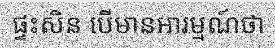
ផ្ទះសិន បើមានអារម្មណ៍ថា